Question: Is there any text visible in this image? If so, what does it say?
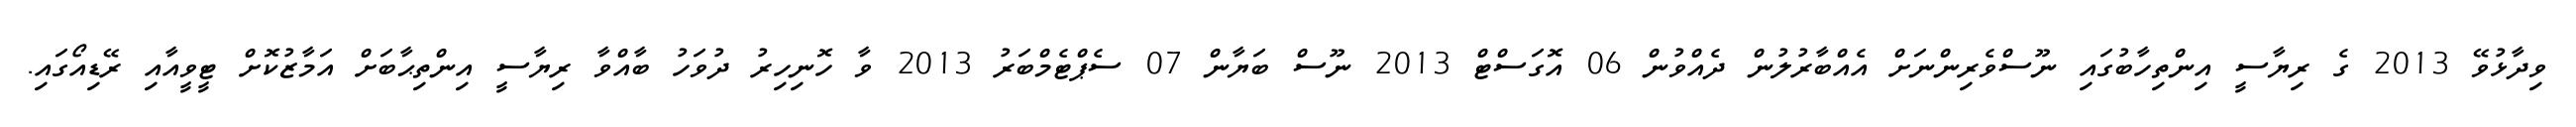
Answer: ވިދާޅުވޭ 2013 ގެ ރިޔާސީ އިންތިހާބުގައި ނޫސްވެރިންނަށް އެއްބާރުލުން ދެއްވުން 06 އޮގަސްޓް 2013 ނޫސް ބަޔާން 07 ސެޕްޓެމްބަރު 2013 ވާ ހޮނިހިރު ދުވަހު ބާއްވާ ރިޔާސީ އިންތިޙާބަށް އަމާޒުކޮށް ޓީވީއާއި ރޭޑިއޯގައި.